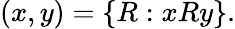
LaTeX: (x,y)=\{ R:xRy\} .